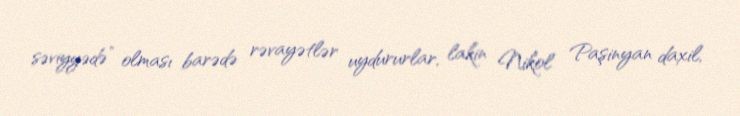
səviyyədə” olması barədə rəvayətlər uydururlar, lakin Nikol Paşinyan daxil,